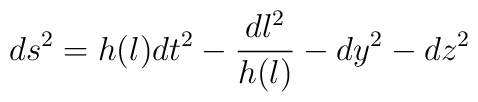
ds^2 =h(l)dt^2 - \frac{dl^2}{h(l)} - dy^2-dz^2